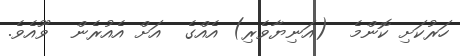
ހަރުކަށި ކޮންމެ  (އަނިޔާވެރި) އެއްގެ  އަށް އެއުރެން  ވޫއެވެ.